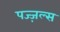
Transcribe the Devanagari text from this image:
पज्ज़ल्स